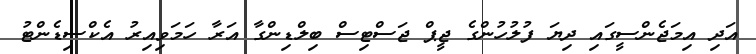
އަދި އިމަޖެންސީގައި ދިޔަ ފުލުހުންގެ ޖީޕް ޖަސްޓިސް ބިލްޑިންގާ އަރާ ހަމަވިއިރު އެކްސިޑެންޓު